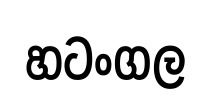
හටංගල